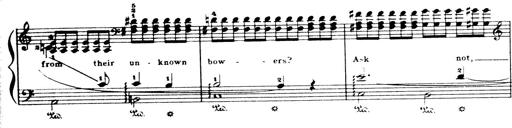
Title: Wagner-Liszt Album
Composer: Franz Liszt